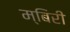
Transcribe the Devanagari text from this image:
म्बिरी